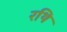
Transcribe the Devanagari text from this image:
रथि